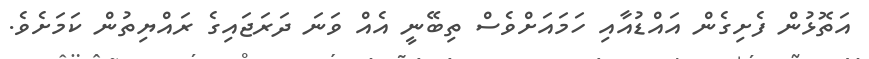
އަތޮޅުން ފެށިގެން އައްޑުއާއި ހަމައަށްވެސް ތިބޭނީ އެއް ވަނަ ދަރަޖައިގެ ރައްޔިތުން ކަމަށެވެ.